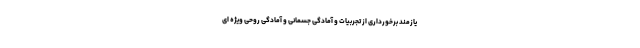
یازمند برخورداری از تجربیات و آمادگی جسمانی و آمادگی روحی ویژه ای